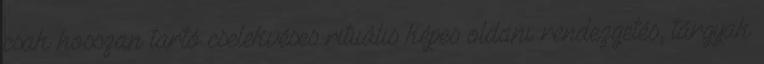
csak hosszan tartó cselekvéses rituális képes oldani: rendezgetés, tárgyak